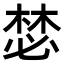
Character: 𣕾